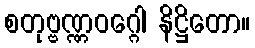
စတုဗ္ဗဏ္ဏဝဂ္ဂေါ နိဋ္ဌိတော။